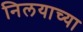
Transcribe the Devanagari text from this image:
निलयाच्या